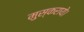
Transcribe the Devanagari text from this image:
मुस्कराये।